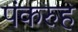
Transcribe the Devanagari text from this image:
पंकरुह